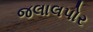
જલાલપોર